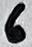
Text: 6